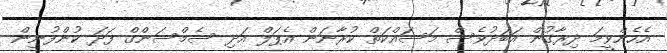
އެހެންވީމަ ދިރާގުން އަބަދުވެސް މަސައްކަތް ކުރާނަން އެޕަލް އަދި ސެމްސަންގް ފަދަ ކުންފުނިން